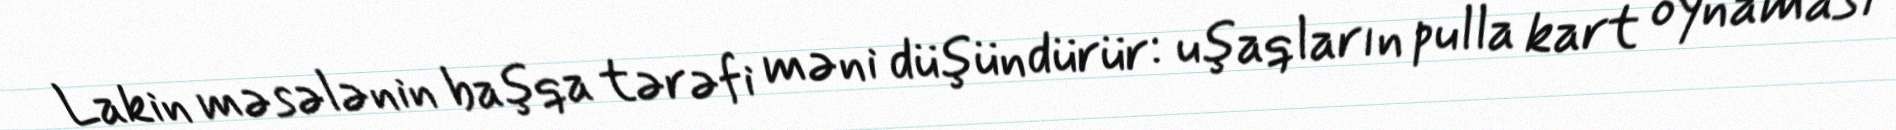
Lakin məsələnin başqa tərəfi məni düşündürür: uşaqların pulla kart oynaması